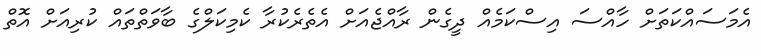
އެމަސައްކަތަށް ހާއްސަ އިސްކަމެއް ދީގެން ރާއްޖެއަށް އެތެރެކުރާ ކެމިކަލްގެ ބާވަތްތައް ކުރިއަށް އޮތް